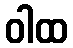
ဝါထ